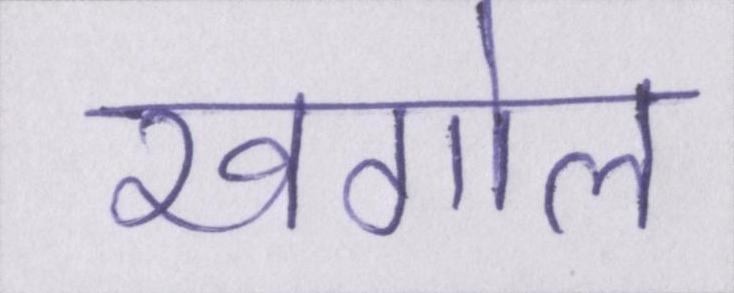
खगोल